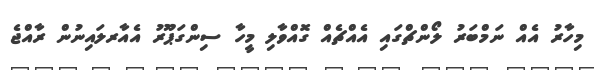
މިހާރު އެއް ނަމްބަރު ލޯންޗްގައި އެއްޗެއްް ގޮއްވާލި މީހާ ސިންގަޕޫރު އެއާރލައިނުން ރާއްޖެ